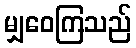
မျှဝေကြသည်